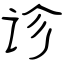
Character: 诊